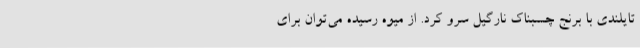
تایلندی با برنج چسبناک نارگیل سرو کرد. از میوه رسیده می‌توان برای